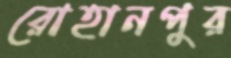
রোহানপুর